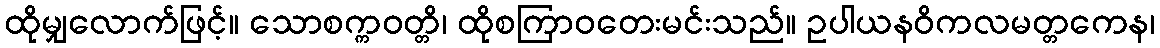
ထိုမျှလောက်ဖြင့်။ သောစက္ကဝတ္တိ၊ ထိုစကြာဝတေးမင်းသည်။ ဥပါယနဝိကလမတ္တကေန၊